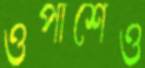
ওপাশেও